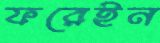
ফরেইন